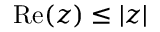
\mathrm { R e } ( z ) \leq | z |